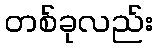
တစ်ခုလည်း